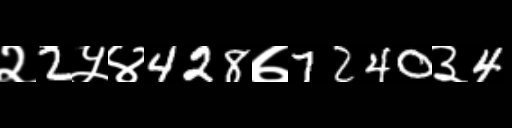
Text: २2५४428७7240३4